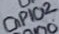
Text: GPIO2